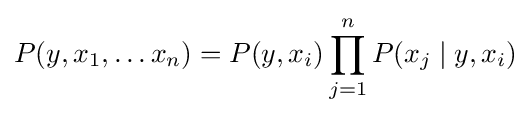
P(y,x_{1},\ldots x_{n})=P(y,x_{i})\prod _{j=1}^{n}P(x_{j}\mid y,x_{i})